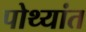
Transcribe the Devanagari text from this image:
पोथ्यांत